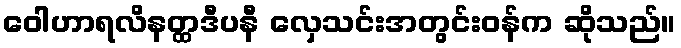
ဝေါဟာရလိနတ္ထဒီပနီ လှေသင်းအတွင်းဝန်က ဆိုသည်။